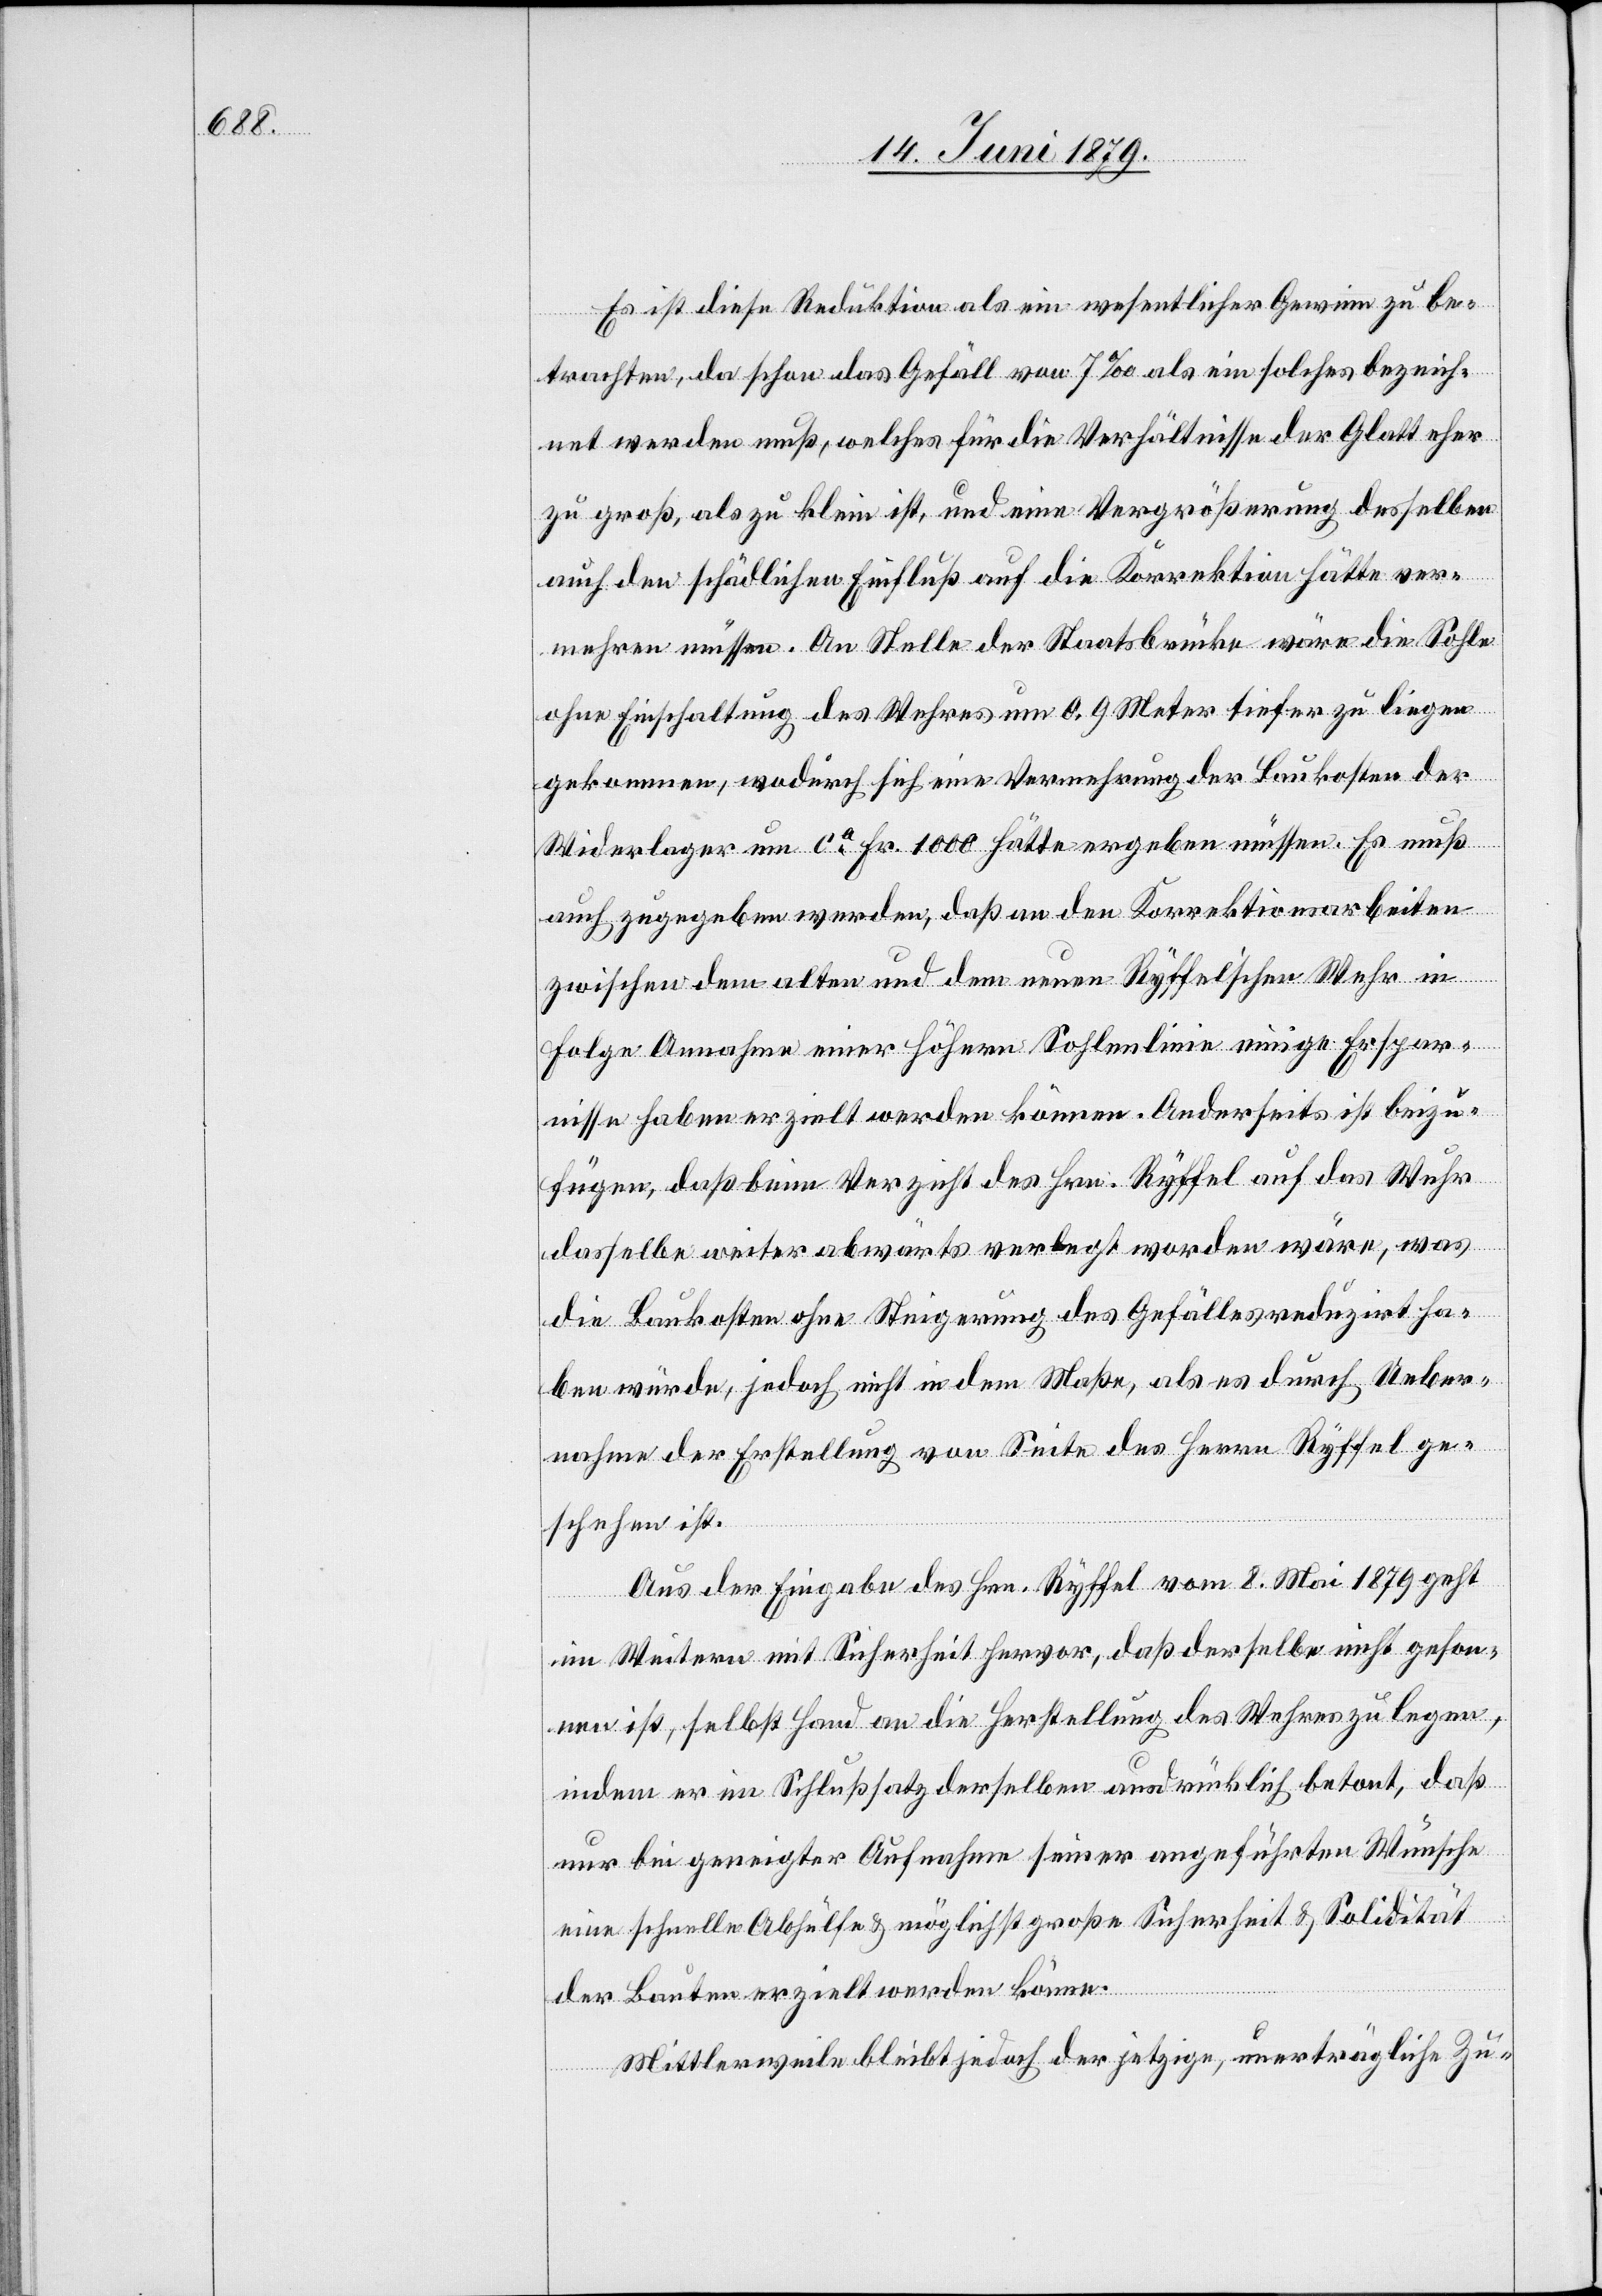
Es ist diese Reduktion als ein wesentlicher Gewinn zu be¬
trachten, da schon das Gefäll von 7‰ als ein solches bezeich¬
net werden muß, welches für die Verhältnisse der Glatt eher
zu groß, als zu klein ist und eine Vergrößerung desselben
auch den schädlichen Einfluß auf die Korrektion hätte ver¬
mehren müssen. An Stelle der Staatsbrücke wäre die Sohle
ohne Einschaltung des Wehres um 0.9 Meter tiefer zu liegen
gekommen, wodurch sich eine Vermehrung der Baukosten der
Widerlager um ca Fr. 1000 hätte ergeben müssen. Es muß
auch zugegeben werden, daß an den Korrektionsarbeiten
zwischen dem alten und dem neuen Ryffel’schen Wehr in
Folge Annahme einer höhern Sohlenlinie einige Erspar¬
nisse haben erzielt werden können. Anderseits ist beizu¬
fügen, daß beim Verzicht des Hrn. Ryffel auf das Wuhr
dasselbe weiter abwärts verlegt worden wäre, was
die Baukosten ohne Steigerung des Gefälles reduzirt ha¬
ben würde, jedoch nicht in dem Maße, als es durch Ueber¬
nahme der Erstellung von Seite des Herrn Ryffel ge¬
schehen ist.
Aus der Eingabe des Hrn. Ryffel vom 8. Mai 1879 geht
im Weitern mit Sicherheit hervor, daß derselbe nicht geson¬
nen ist, selbst Hand an die Herstellung des Wehres zu legen,
indem er im Schlußsatz derselben ausdrücklich betont, daß
nur bei geneigter Aufnahme seiner angeführten Wünsche
eine schnelle Abhülfe & möglichst große Sicherheit & Solidität
der Bauten erzielt werden könne.
Mittlerweile bleibt jedoch der jetzige, unerträgliche Zu-